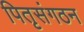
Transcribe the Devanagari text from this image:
पितृसंगठन